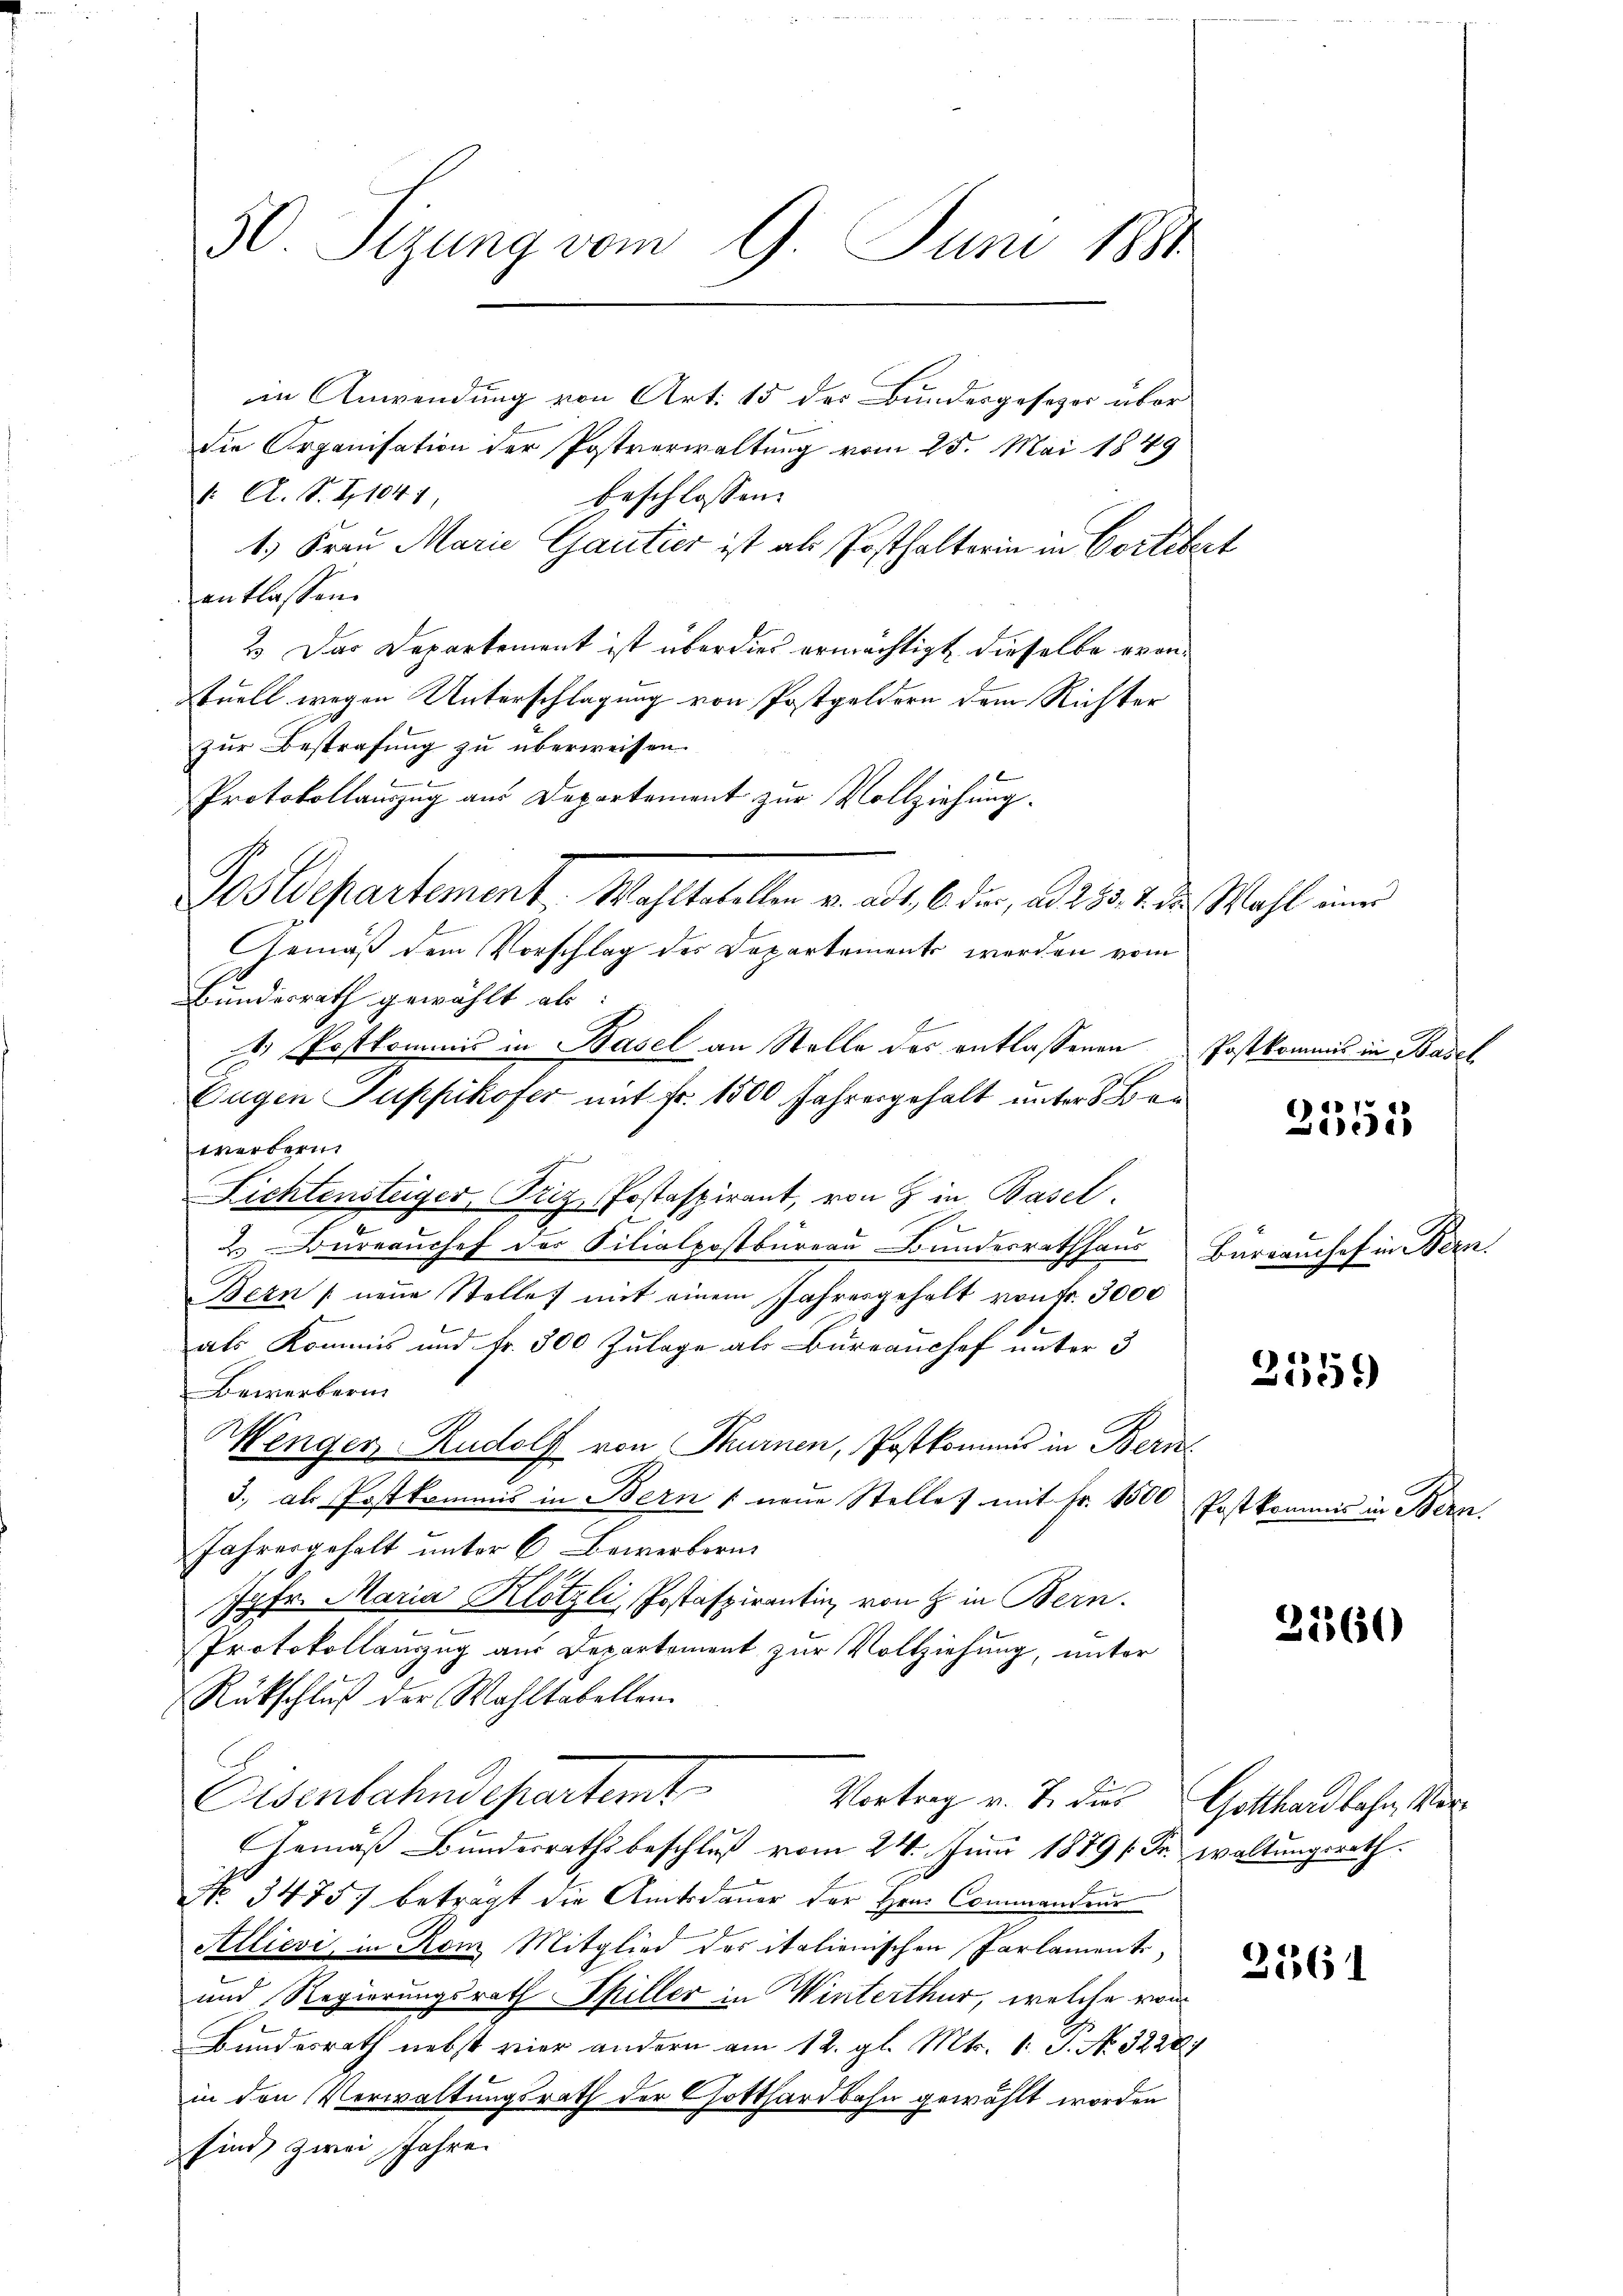
50. Sizung vom 9. Juni 1881

in Anwendung von Art. 15 des Bundesgesezes aber
die Organisation der Postverwaltung vom 25. Mai 1849
1. A. R. Z. 1041,
beschlossen:
1. Frau Marie Gautier ist als Posthalterin in Cortetert
fentlassen.
2. Das Departement ist überdies ermächtigt dieselbe evantuell wegen Unterschlagung von Postgeldern dem Richter
zur Bestrafung zu überweisen.
Protokollauszug aus Departement zur Vollziehung.
Gemäß dem Vorschlag des Departement werden vom
Bundesrath gewählt als
1. Postkommis in Basel an Stelle des entlassenen Postkommis in Basel
Eugen Puppikofer mit Fr. 1500 Jahrengehalt unters Ban
werbern
Lichtensteiger, Priz, Postaspirant, von in Basel.
2. Bureauchef des Filialpostbureau Bundesrathhaus
Bern neue Stelle mit einem Jahresgehalt von fr. 3000
als Kommis und Fr. 300 Zulage als Bureanchef unter 3
Bewerbern
Wenger Rudolf von Thurnen, Postkommnis in Bern
3. als Postkommis in Bern ( neŭe Stelle) mit Fr. 1500
Jahresgehalt unter 6 Bewerbern
Jgfr. Maria Klötzli, Postaspirantin, von & in Bern.
Protokollauszug aus Departement zur Vollziehung, unter
Rückschluß der Wahltabellen.
Eisenbahndepartemt
Vortrag v. J. dies Gotthardbahn, Ver¬
Gemäβ Bŭndesrathsbeschlŭβ vom 24. Juni 1879 s. Fr. waltŭngsrath.
No. 3475) betragt die Amtsdauer der Hrn. Commandeur
Allievi, in Rom Mitglied des italienischen Parlaments,
und Regierungsrath Spiller in Winterthur, welche von
Bundesrath nebst vier andern am 12. gl. Mts. 1. P. No. 3228.
in den Verwaltungsrath der Gotthardbahn gewählt worden
sind zwei Jahre

Goldepartement Wohltatellen v. ad 1, 6. der, a. 253. 2. des Wahl einer

Bürrauchef in Bern.

3359)

Postkommis in Bern

2561

¬
Bede

21360